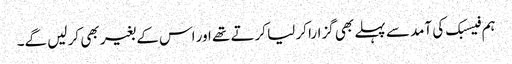
ہم فیسبک کی آمد سے پہلے بھی گزارا کر لیا کرتے تھے اور اس کے بغیر بھی کر لیں گے۔